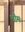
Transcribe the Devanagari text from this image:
भौमः